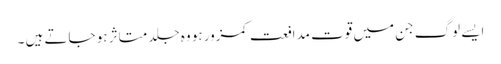
ایسے لوگ جن میں قوت مدافعت کمزور ہو وہ جلد متاثر ہو جاتے ہیں ۔